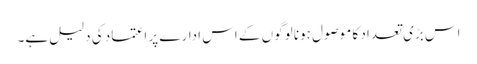
اس بڑی تعداد کا موصول ہونا لوگوں کے اس ادارے پر اعتماد کی دلیل ہے۔